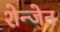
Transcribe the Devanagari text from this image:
शेन्जेन